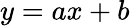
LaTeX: y=ax+b